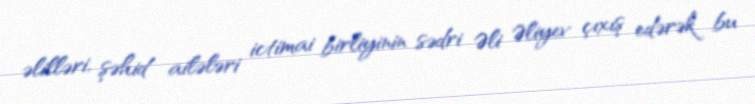
əlilləri, şəhid ailələri ictimai birliyinin sədri Əli Əliyev çıxış edərək bu